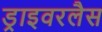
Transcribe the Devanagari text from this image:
ड्राइवरलैस